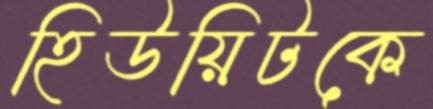
হিউয়িটকে